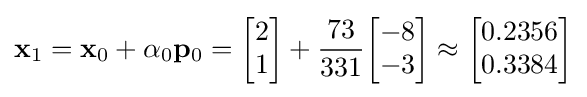
\mathbf {x} _{1}=\mathbf {x} _{0}+\alpha _{0}\mathbf {p} _{0}={\begin{bmatrix}2\\1\end{bmatrix}}+{\frac {73}{331}}{\begin{bmatrix}-8\\-3\end{bmatrix}}\approx {\begin{bmatrix}0.2356\\0.3384\end{bmatrix}}